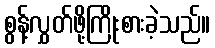
စွန့်လွှတ်ဖို့ကြိုးစားခဲ့သည်။